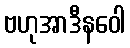
ဗဟုအာဒီနဝေါ